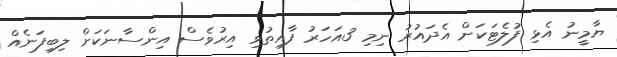
ޔާމީނު އެޅި ފުލެޓަކަށް އެދައުރު ނިމި 3އަހަރު ފާއިތުވި އިރުވެސް އިންސާނަކަށް ލިބިފަނެއް